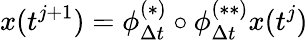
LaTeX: x(t^{j+1})=\phi_{\Delta t}^{(*)}\circ\phi_{\Delta t}^{(**)}x(t^{j})